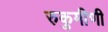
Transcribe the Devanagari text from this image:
रुकुमीणी